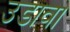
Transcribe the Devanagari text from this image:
उडावा